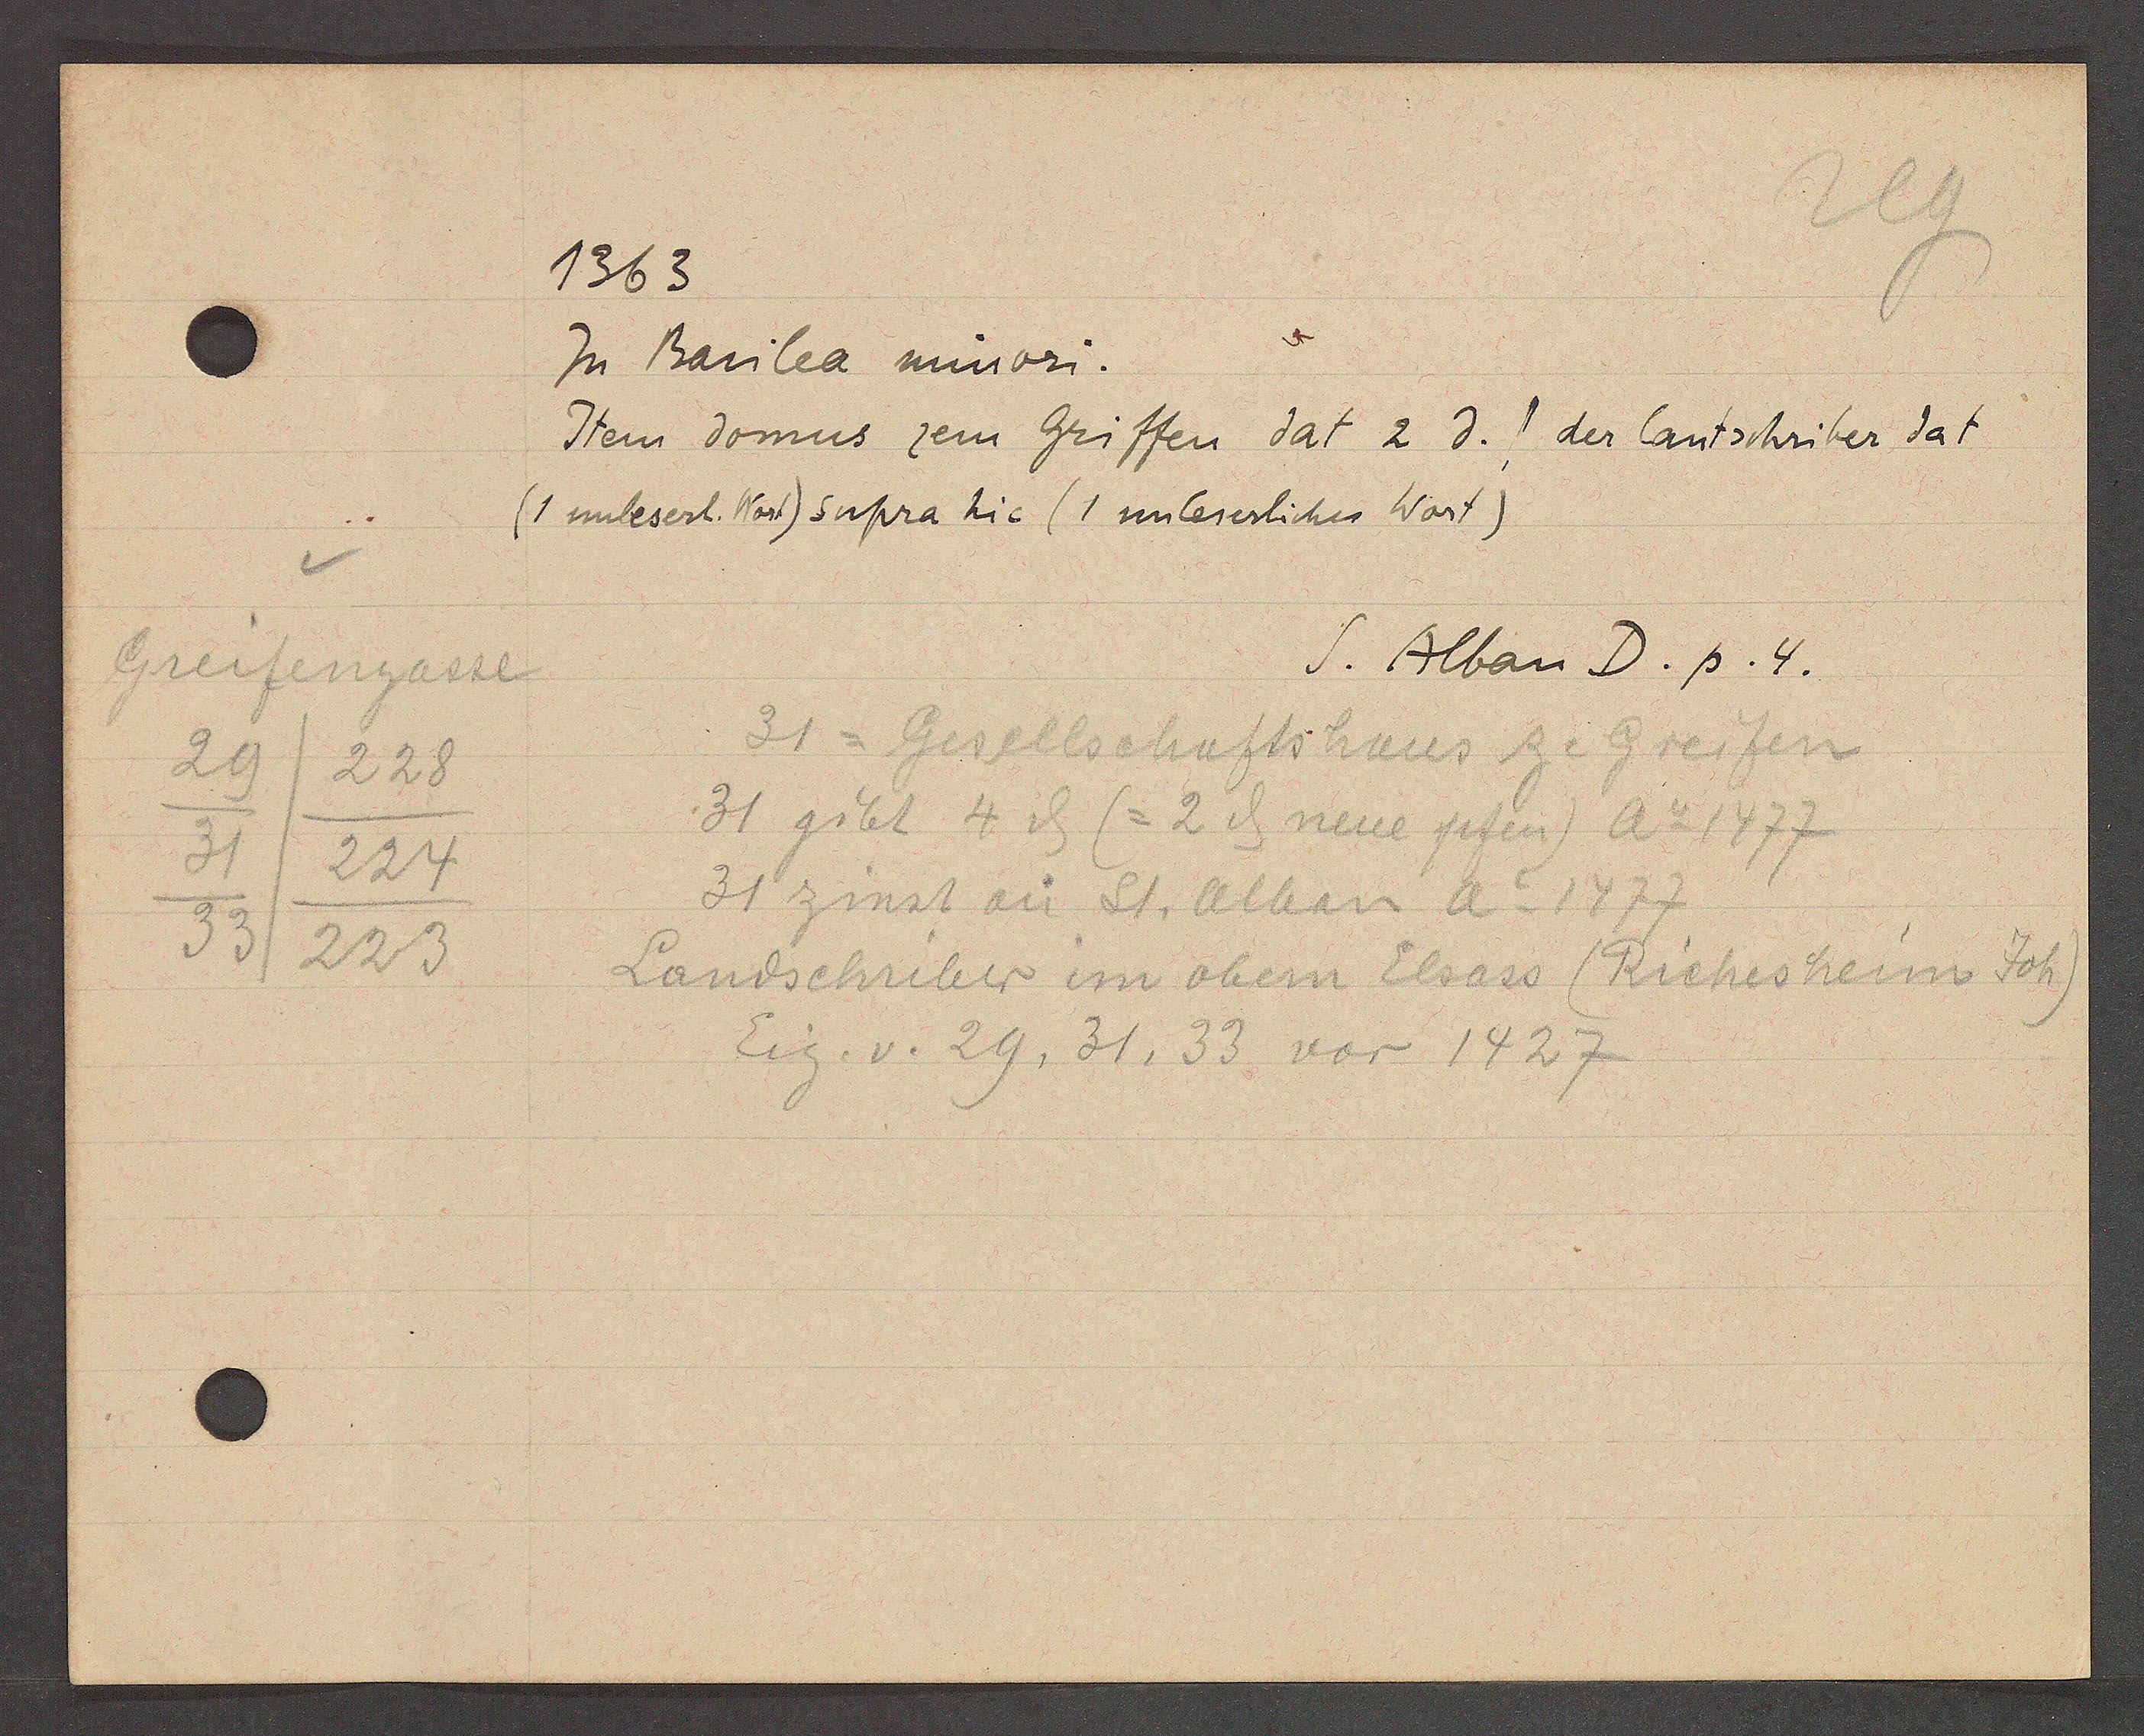
Transcript:
Greifengasse
29
228
31
224
33/223

1363

zu Basilea minori.
Item domus zem Griffen Jat 2 d der Cantschriber Jat
(1 unleserl. Wort) supra hic (1 unleserliches Wort)

S. Alban D. p. 4.

31 = Gesellschaftshaus ze Greifen
31 gibt 4 ȡ (=2 ȡ neue pfen) Ao 1477
31 zinst an St. alban Ao 1477
Landschriber im obern Elsass (Richesheim Joh)
Eig. v. 29, 31, 33 vor 1427